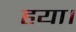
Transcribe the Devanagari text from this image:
हया।